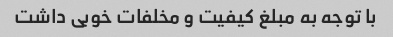
با توجه به مبلغ کیفیت و مخلفات خوبی داشت